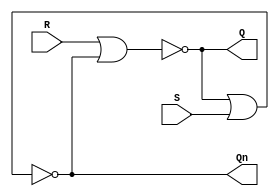
`timescale 1ns / 1ps
//////////////////////////////////////////////////////////////////////////////////
// Company: 
// Engineer: 
// 
// Design Name: 
// Module Name:    Q1 
// Project Name: 
// Target Devices: 
// Tool versions: 
// Description: 
//
// Dependencies: 
//
// Revision: 
// Revision 0.01 - File Created
// Additional Comments: 
//
//////////////////////////////////////////////////////////////////////////////////

////////////////////////////// SR LATCH //////////////////////////
module SR_LATCH(
		input S,
		input R,
		output Q,
		output Qn
	);

nor (Q,R,Qn); //using nor gates --> Q = R nor Qn
nor (Qn,Q,S); //using nor gates --> Qn = S nor Q
endmodule

////////////////////////////// D LATCH //////////////////////////
module D_LATCH(
	input D, E,
	output Q, Qn
	);
wire notD_E, D_E;
and (notD_E , ~D, E); // not D & E
and (D_E , D, E); // D & E
nor (Q, notD_E, Qn); // like SR LATCH
nor (Qn, Q, D_E); // like SR LATCH

endmodule

////////////////////////////// JK FF //////////////////////////
// using gates
module JK_FF(
		input J, K, clk,
		output Q, Qn
	);

wire K_Qn, J_Q;

and (K_Qn, K, Qn, clk);
and (J_Q, J, Q, clk);
nor(Q, K_Qn, Qn);
nor (Qn, Q, J_Q);
endmodule

/* IT's not gonna work. We need to describe sequential circuits like flip flops. */

module JK_FF2(
	input J, K, clk,
	output reg Q, Qn);

always @(posedge clk)
begin
	if (K == 1'b0 & J == 1'b0)
	begin
		Q <= Q;
		Qn <= Qn;
	end
	
	else if (K == 1'b1 & J == 1'b1)
	begin
		Q <= ~Q;
		Qn <= ~Qn;
	end
	
	else if (K == 1'b1 & J == 1'b0)
	begin
		Q <= 1'b0;
		Qn <= 1'b1;
	end
	
	else if (K == 1'b0 & J == 1'b1)
	begin
		Q <= 1'b1;
		Qn <= 1'b0;
	end
end
endmodule	

module Q1(
	// MEOW MEOW HERE
    );

endmodule